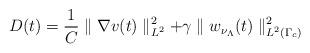
LaTeX: \begin{align*}D(t)=\frac{1}{C}\parallel\nabla v(t)\parallel^2_{L^2}+\gamma\parallel w_{\nu_{\Lambda}}(t)\parallel^2_{L^2(\Gamma_c)}\end{align*}